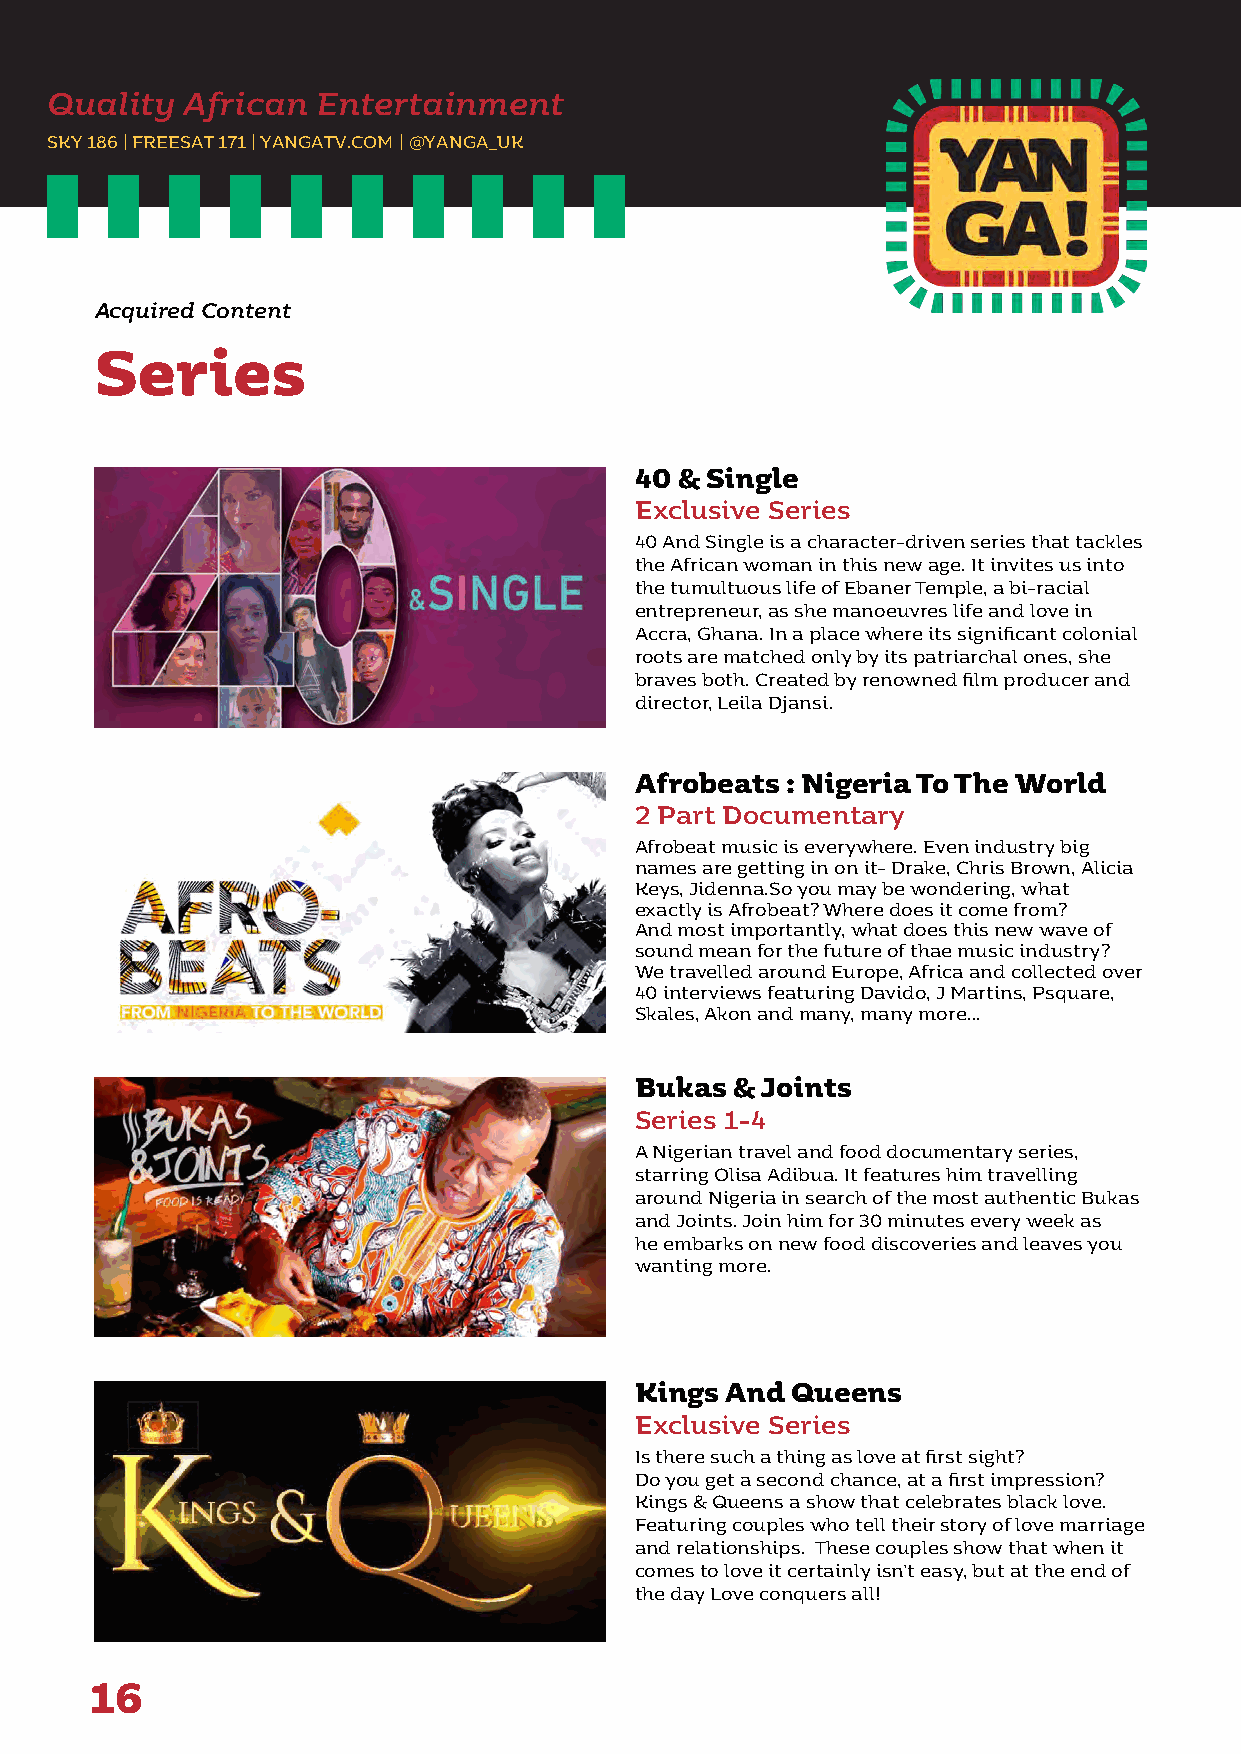
Quality  African  Entertainment
 SKY 186 | FREESAT 171 | YANGATV.COM | @YANGA_UK
 Acquired Content
 Series
 40 & Single
 Exclusive Series
 40 And Single is a character-driven series that tackles
 the African woman in this new age. It invites us into
 the tumultuous life of Ebaner Temple, a bi-racial
 entrepreneur, as she manoeuvres life and love in
 Accra, Ghana. In a place where its significant colonial
 roots are matched only by its patriarchal ones, she
 braves both. Created by renowned film producer and
 director, Leila Djansi.
 Afrobeats : Nigeria To The World
 2 Part Documentary
 Afrobeat music is everywhere. Even industry big
 names are getting in on it- Drake, Chris Brown, Alicia
 Keys, Jidenna.So you may be wondering, what
 exactly is Afrobeat? Where does it come from?
 And most importantly, what does this new wave of
 sound mean for the future of thae music industry?
 We travelled around Europe, Africa and collected over
 40 interviews featuring Davido, J Martins, Psquare,
 Skales, Akon and many, many more…
 Bukas  & Joints
 Series 1-4
 A Nigerian travel and food documentary series,
 starring Olisa Adibua. It features him travelling
 around Nigeria in search of the most authentic Bukas
 and Joints. Join him for 30 minutes every week as
 he embarks on new food discoveries and leaves you
 wanting more.
 Kings And Queens
 Exclusive Series
 Is there such a thing as love at first sight?
 Do you get a second chance, at a first impression?
 Kings & Queens a show that celebrates black love.
 Featuring couples who tell their story of love marriage
 and relationships. These couples show that when it
 comes to love it certainly isn’t easy, but at the end of
 the day Love conquers all!
 16